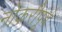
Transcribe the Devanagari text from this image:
नोकरीपूर्व